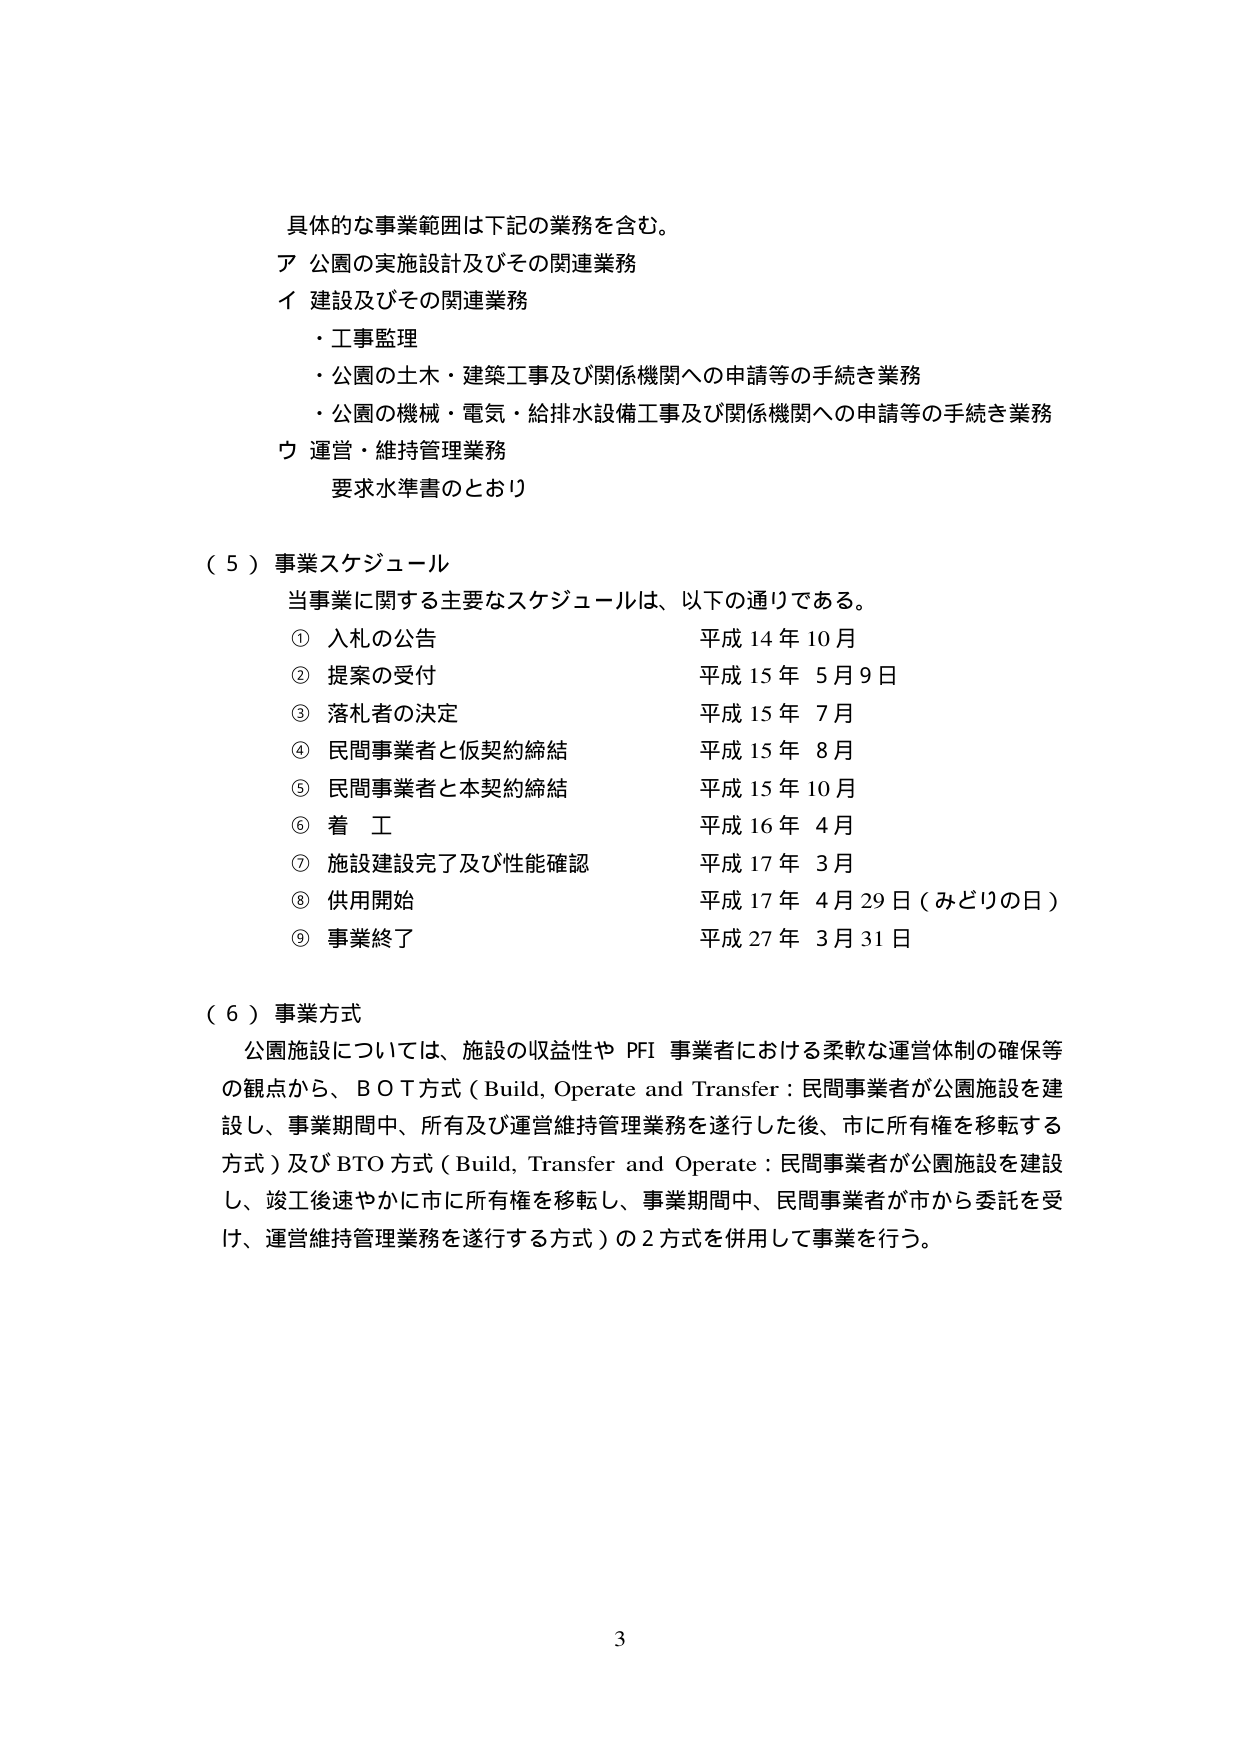
具体的な事業範囲は下記の業務を含む。
ア 公園の実施設計及びその関連業務
イ 建設及びその関連業務
・工事監理
・公園の土木・建築工事及び関係機関への申請等の手続き業務
・公園の機械・電気・給排水設備工事及び関係機関への申請等の手続き業務
ウ 運営・維持管理業務
要求水準書のとおり

（５）事業スケジュール
当事業に関する主要なスケジュールは、以下の通りである。
① 入札の公告 平成14年10月
② 提案の受付 平成15年5月9日
③ 落札者の決定 平成15年7月
④ 民間事業者と仮契約締結 平成15年8月
⑤ 民間事業者と本契約締結 平成15年10月
⑥ 着工 平成16年4月
⑦ 施設建設完了及び性能確認 平成17年3月
⑧ 供用開始 平成17年4月29日（みどりの日）
⑨ 事業終了 平成27年3月31日

（６）事業方式
公園施設については、施設の収益性やPFI事業者における柔軟な運営体制の確保等の観点から、BOT方式（Build, Operate and Transfer：民間事業者が公園施設を建設し、事業期間中、所有及び運営維持管理業務を遂行した後、市に所有権を移転する方式）及びBTO方式（Build, Transfer and Operate：民間事業者が公園施設を建設し、竣工後速やかに市に所有権を移転し、事業期間中、民間事業者が市から委託を受け、運営維持管理業務を遂行する方式）の2方式を併用して事業を行う。

3